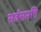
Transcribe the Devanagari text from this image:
सर्वसमति